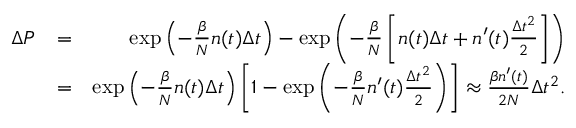
\begin{array} { r l r } { \Delta P } & { = } & { \exp { \left( - \frac { \beta } { N } n ( t ) \Delta t \right) } - \exp { \left( - \frac { \beta } { N } \left[ n ( t ) \Delta t + n ^ { \prime } ( t ) \frac { \Delta t ^ { 2 } } { 2 } \right] \right) } } \\ & { = } & { \exp { \left( - \frac { \beta } { N } n ( t ) \Delta t \right) } \left[ 1 - \exp { \left( - \frac { \beta } { N } n ^ { \prime } ( t ) \frac { \Delta t ^ { 2 } } { 2 } \right) } \right] \approx \frac { \beta n ^ { \prime } ( t ) } { 2 N } \Delta t ^ { 2 } . } \end{array}